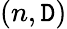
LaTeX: (n,\mathtt{D})